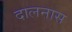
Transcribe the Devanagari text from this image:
दालनास